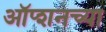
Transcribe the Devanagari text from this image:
ऑप्शनच्या